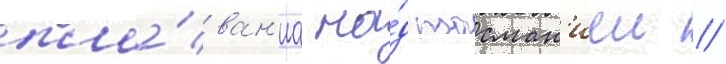
пла́ван'иа на́д тасман'иеи //